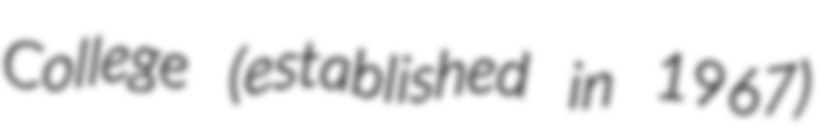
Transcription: College (established in 1967)